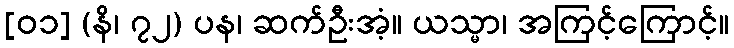
[၀၁] (နိ၊ ၇၂) ပန၊ ဆက်ဦးအံ့။ ယသ္မာ၊ အကြင့်ကြောင့်။